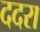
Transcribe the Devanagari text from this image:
ददरा